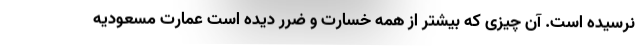
نرسیده است. آن چیزی که بیشتر از همه خسارت و ضرر دیده است عمارت مسعودیه